Vaccine operations Central Provinces 1900-1911 - 1900-1911
Year: 1900
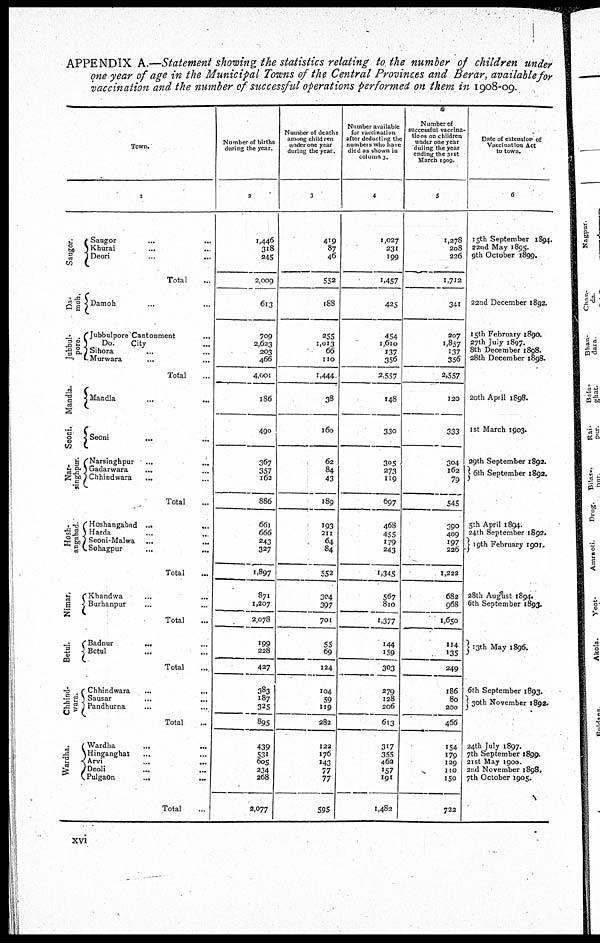
APPENDIX A.—Statement showing the statistics relating to the number of children under
one year of age in the Municipal Towns of the Central Provinces and Berar, available for
vaccination and the number of successful operations performed on them in 1908-09.
Town.
1
Saugor.
Da-
moh.
Jubbul-
pore.
Mandla.
Seoni.
Nar-
singhpur.
Hosh-
angabad.
Nimar.
Betul.
Chhind-
wara.
Wardha.
Saugor ... ...
Khurai ... ...
Deori
...
...
Total ...
Damoh ... ...
Jubbulpore Cantonment ...
Do. City ...
Sihora ... ...
Murwara ... ...
Total ...
Mandla ... ...
Seoni ... ...
Narsinghpur ... ...
Gadarwara ... ...
Chhindwara
...
...
Total ...
Hoshangabad
...
...
Harda ... ...
Seoni-Malwa ... ...
Sohagpur ... ...
Total ...
Khandwa ... ...
Burhanpur ... ...
Total ...
Badnur
...
...
Betul ... ...
Total ...
Chhindwara ... ...
Sausar
...
...
Pandhurna ... ...
Total ...
Wardha ... ...
Hinganghat ... ...
Arvi ... ...
Deoli ... ...
Pulgaon
...
...
Total ...
Number of births
during the year.
2
1,446
318
245
2,009
613
709
2,623
203
466
4,001
186
490
367
357
162
886
661
666
243
327
1,897
871
1,207
2,078
199
228
427
383
187
325
895
439
531
605
234
268
2,077
Number of deaths
among child ren
under one year
during the year.
3
419
87
46
552
188
255
1,013
66
110
1,444
38
160
62
84
43
189
193
211
64
84
552
304
397
701
55
69
124
104
59
119
282
122
176
143
77
77
595
Number available
for vaccination
after deducting the
numbers who have
died as shown in
column 3.
4
1,027
231
199
1,457
425
454
1,610
137
356
2,557
148
330
305
273
119
697
468
455
179
243
1,345
567
810
1,377
144
159
303
279
128
206
613
317
355
462
157
191
1,482
Number of
successful vaccina-
tions on children
under one year
during the year
ending the 31 st
March 1909.
5
1,278
208
226
1,712
341
207
1,857
137
356
2,557
120
333
304
162
79
545
390
409
197
226
1,222
682
968
1,650
114
135
249
186
80
200
466
154
179
129
110
150
722
Date of extension of
Vaccination Act
to town.
6
15th September 1894.
22nd May 1895.
9th October 1899.
22nd December 1892.
15th February 1890.
27th July 1897.
8th December 1898.
28th December 1898.
20th April 1898.
1st March 1903.
29th September 1892.
6th September 1892.
5th April 1894.
24th September 1892.
19th February 1901.
28th August 1894.
6th September 1893.
13th May 1896.
6th September 1893.
30th November 1892.
24th July 1897.
7th September 1899.
21 st May 1900.
2nd November 1898.
7th October 1905.
xvi